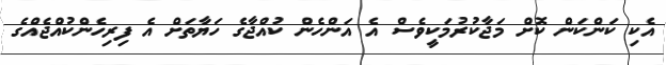
އެކި ކަންކަން ކޮށް މަޖާކުރުމަކީވެސް އެ އަންހެން ކުއްޖާގެ ހަޔާތަށް އެ ފިރިހެންކުއްޖެއްގެ